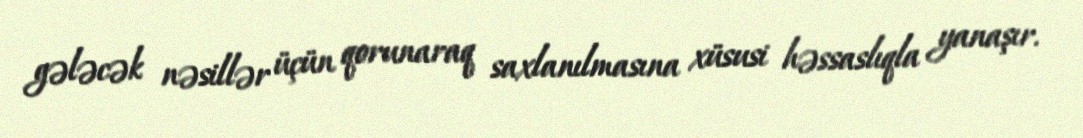
gələcək nəsillər üçün qorunaraq saxlanılmasına xüsusi həssaslıqla yanaşır.